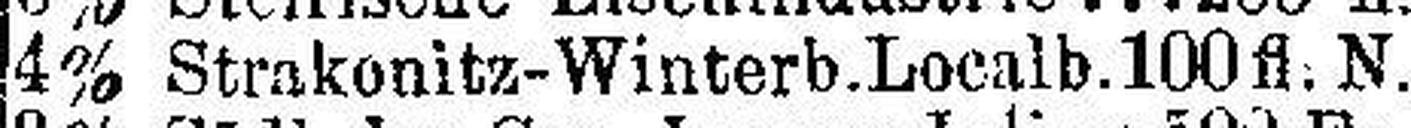
4% Strakonitz-Winterb.Localb. 100 fl. N.